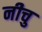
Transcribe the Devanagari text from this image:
नीचु